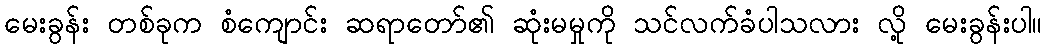
မေးခွန်း တစ်ခုက စံကျောင်း ဆရာတော်၏ ဆုံးမမှုကို သင်လက်ခံပါသလား လို့ မေးခွန်းပါ။